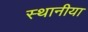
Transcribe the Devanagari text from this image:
स्थानीया